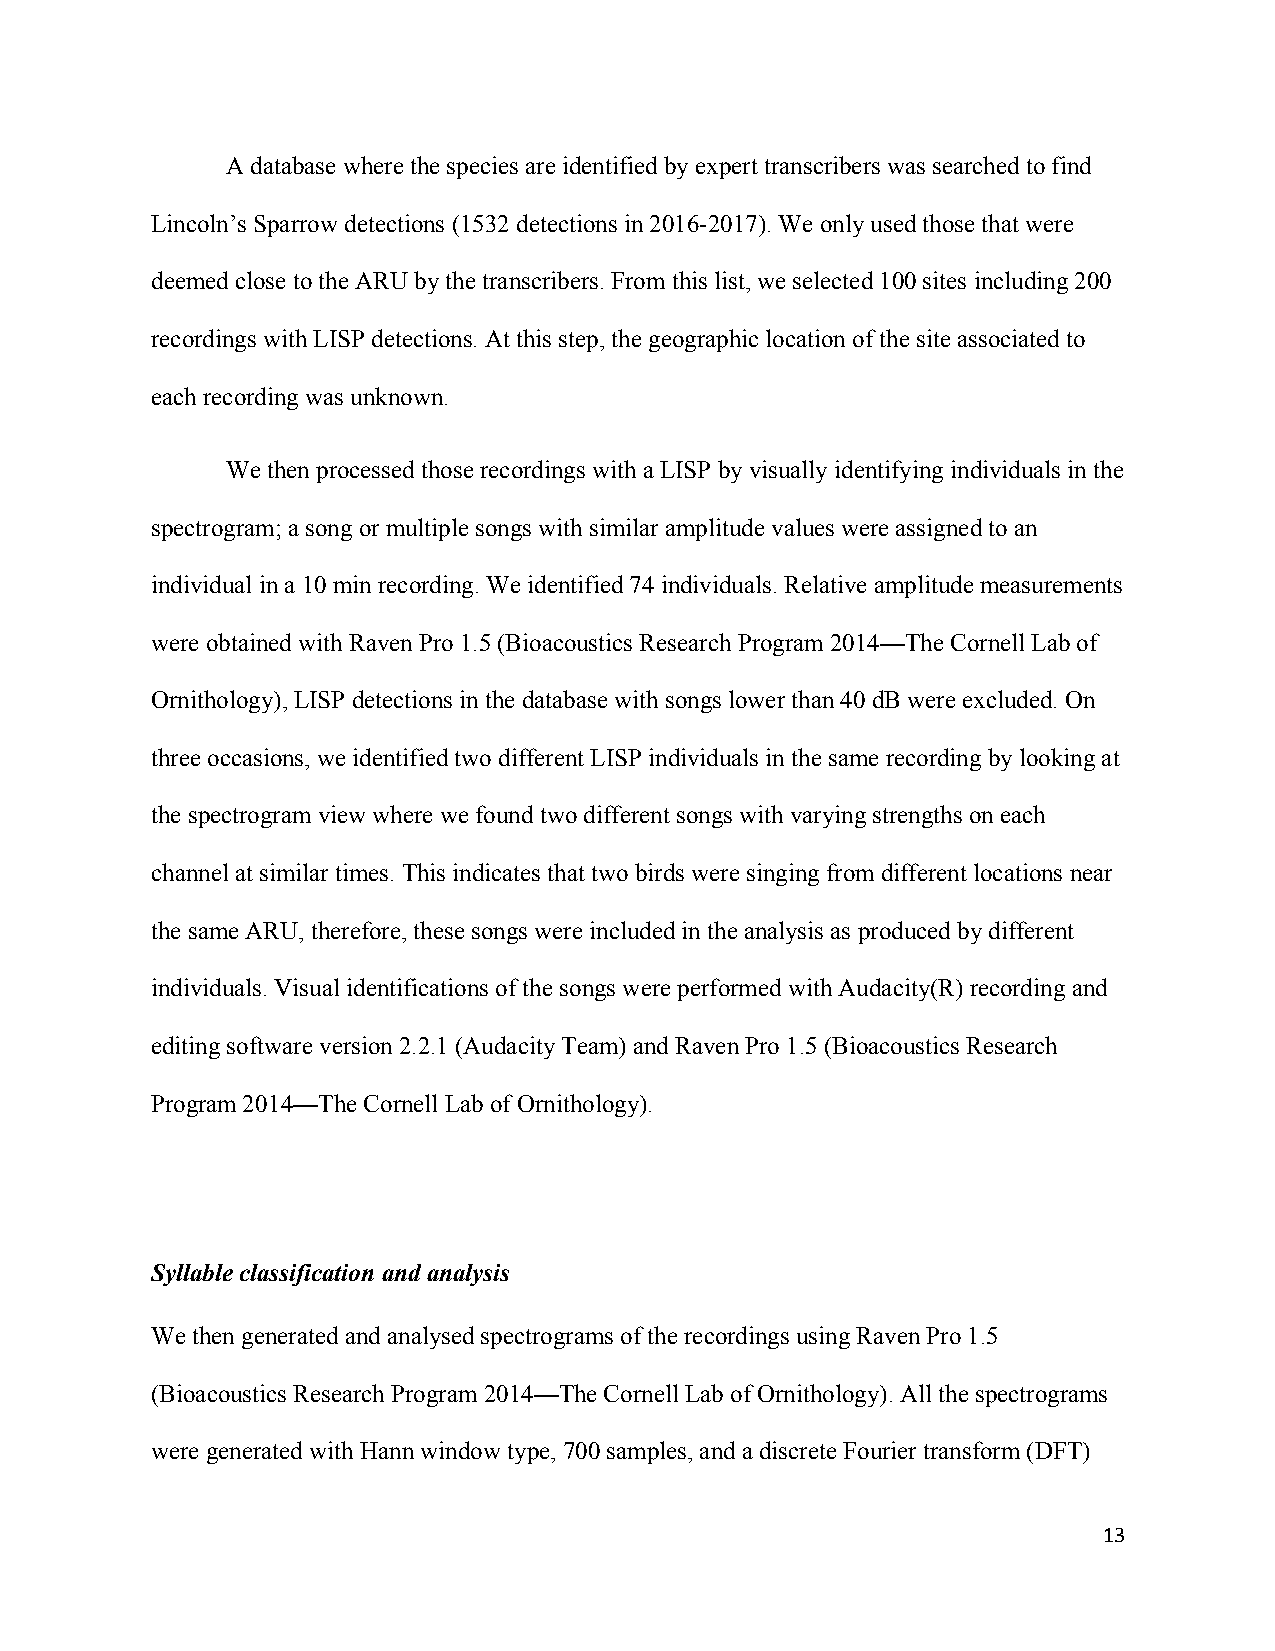
A database where the species are identified by expert transcribers was searched to find
 Lincoln’s Sparrow detections (1532 detections in 2016-2017). We only used those that were
 deemed close to the ARU by the transcribers. From this list, we selected 100 sites including 200
 recordings with LISP detections. At this step, the geographic location of the site associated to
 each recording was unknown.
 We then processed those recordings with a LISP by visually identifying individuals in the
 spectrogram; a song or multiple songs with similar amplitude values were assigned to an
 individual in a 10 min recording. We identified 74 individuals. Relative amplitude measurements
 were obtained with Raven Pro 1.5 (Bioacoustics Research Program 2014—The Cornell Lab of
 Ornithology), LISP detections in the database with songs lower than 40 dB were excluded. On
 three occasions, we identified two different LISP individuals in the same recording by looking at
 the spectrogram view where we found two different songs with varying strengths on each
 channel at similar times. This indicates that two birds were singing from different locations near
 the same ARU, therefore, these songs were included in the analysis as produced by different
 individuals. Visual identifications of the songs were performed with Audacity(R) recording and
 editing software version 2.2.1 (Audacity Team) and Raven Pro 1.5 (Bioacoustics Research
 Program 2014—The Cornell Lab of Ornithology).
 Syllable classification and analysis
 We then generated and analysed spectrograms of the recordings using Raven Pro 1.5
 (Bioacoustics Research Program 2014—The Cornell Lab of Ornithology). All the spectrograms
 were generated with Hann window type, 700 samples, and a discrete Fourier transform (DFT)
 13